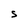
Character: s